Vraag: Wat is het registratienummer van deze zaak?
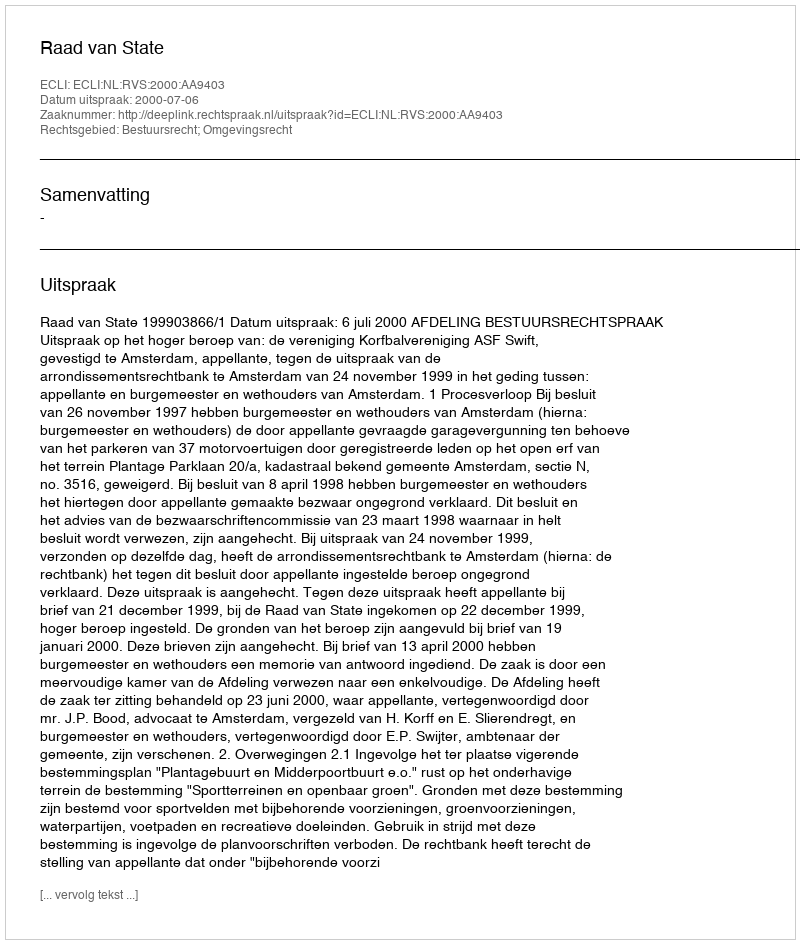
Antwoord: http://deeplink.rechtspraak.nl/uitspraak?id=ECLI:NL:RVS:2000:AA9403